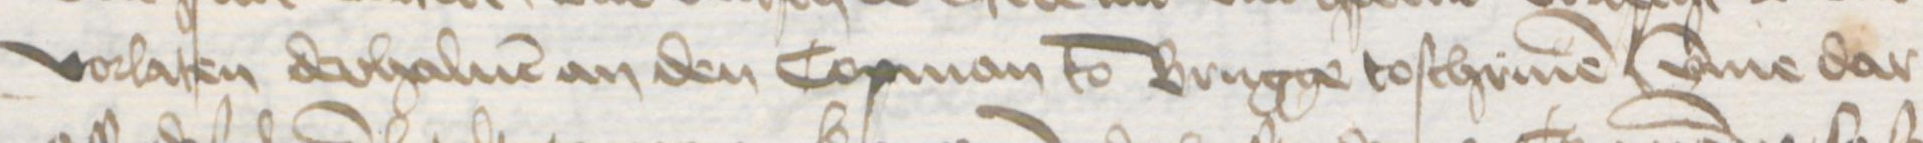
Transcription: vorlaten derhaluen an den Copman to Brugge toschriuen umme dar